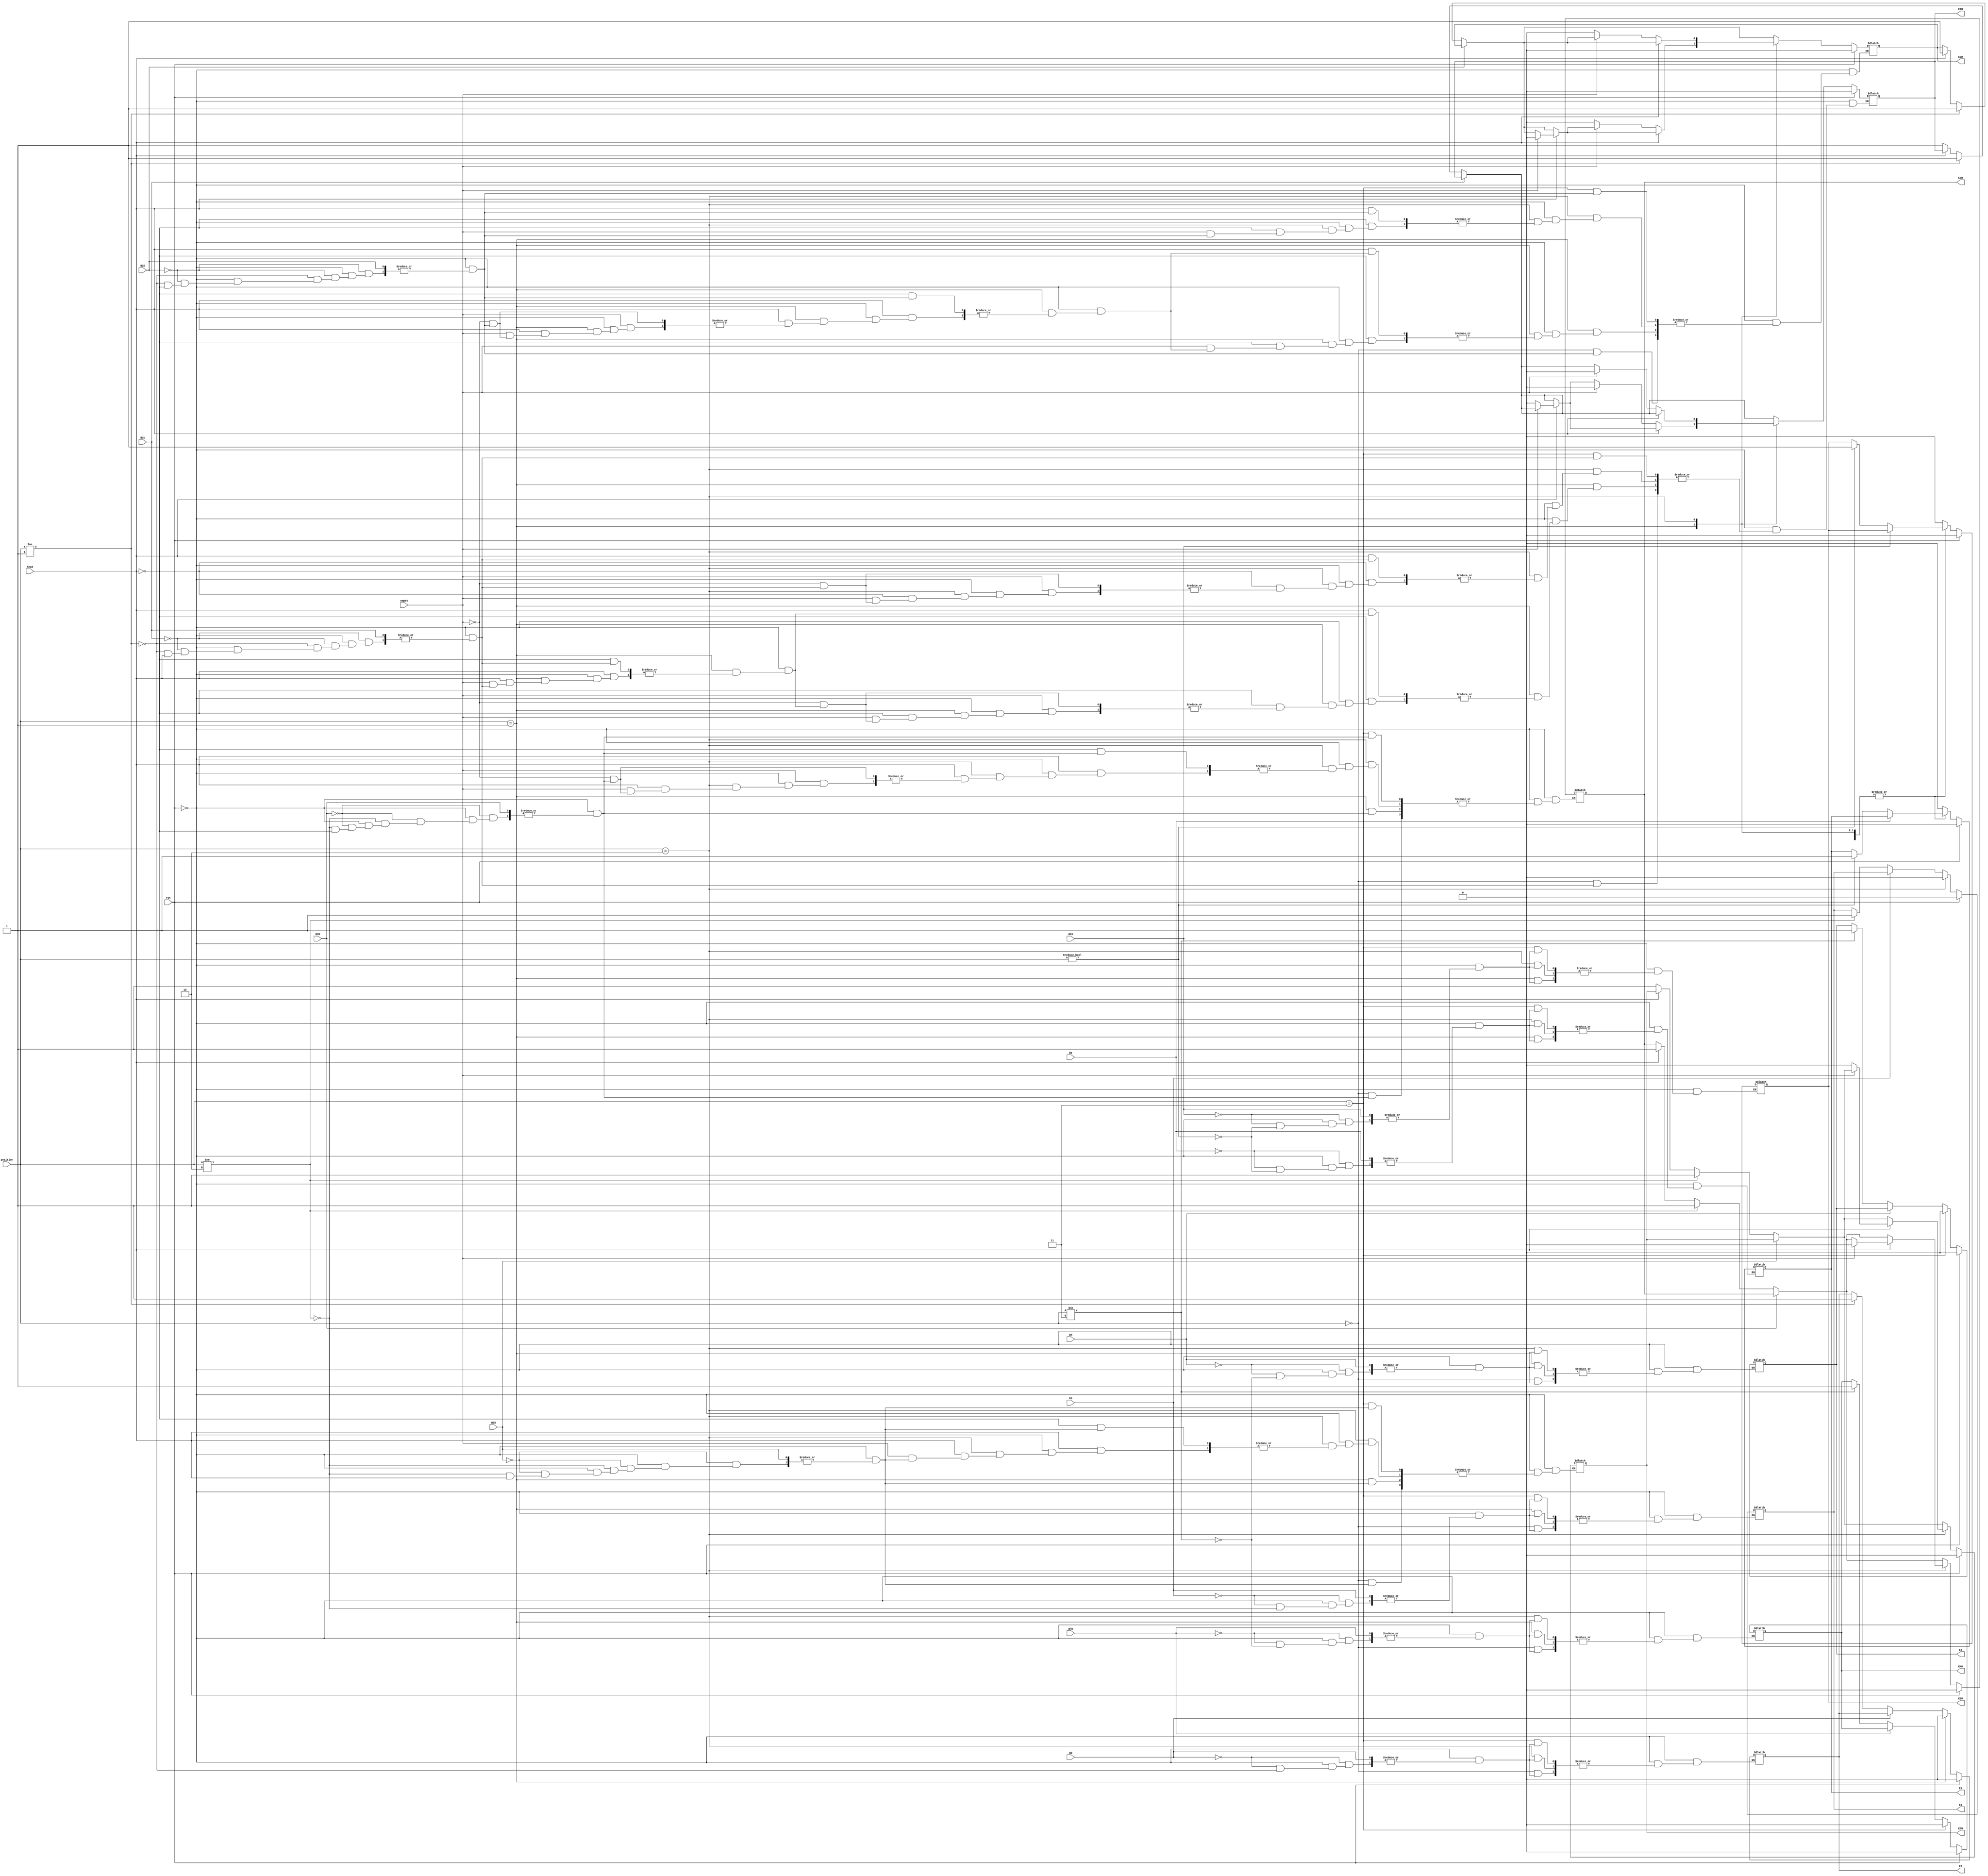
module Btn(rst,B1U,B2U,B2D,B3U,B3D,B4D,B1,B2,B3,B4,E1U,E2U,E2D,E3U,E3D,E4D,E1,E2,E3,E4,position,head,empty);
	input rst,B1U,B2U,B2D,B3U,B3D,B4D,B1,B2,B3,B4;
	input head,empty;
	input [1:0]position;
	output E1U,E2U,E2D,E3U,E3D,E4D,E1,E2,E3,E4;
	reg E1U,E2U,E2D,E3U,E3D,E4D,E1,E2,E3,E4;
	always @ (*)	begin
	if(rst)	begin
		E1U = 1'b0;
		E2U = 1'b0;
		E2D = 1'b0;
		E3U = 1'b0;
		E3D = 1'b0;
		E4D = 1'b0;
		E1 = 1'b0;
		E2 = 1'b0;
		E3 = 1'b0;
		E4 = 1'b0;
	end
	else begin
		if(B1U == 0)	
			if(position != 2'b00)	E1U = 1'b1;
		if(B2U == 0)	
			if(position != 2'b01)	E2U = 1'b1;
			else	if(head == 1'b0)	E2U = 1'b1;
		if(B2D == 0)
			if(position != 2'b01)	E2D = 1'b1;
			else	if(head == 1'b1)	E2D = 1'b1;
		if(B3U == 0)	
			if(position != 2'b10)	E3U = 1'b1;
			else	if(head == 1'b0)	E3U = 1'b1;
		if(B3D == 0)
			if(position != 2'b10)	E3D = 1'b1;
			else	if(head == 1'b1)	E3D = 1'b1;
		if(B4D == 0)	
			if(position != 2'b11) 	E4D = 1'b1;
			
		if(B1 == 0)
			if(position != 2'b00)	E1 = 1'b1;
		if(B2 == 0)
			if(position != 2'b01)	E2 = 1'b1;
		if(B3 == 0)
			if(position != 2'b10)	E3 = 1'b1;
		if(B4 == 0)
			if(position != 2'b11)	E4 = 1'b1;
			
		case(position)
			2'b00:	begin
				E1 = 1'b0;
				E1U = 1'b0;
			end
			2'b01:	begin
				E2 = 1'b0;
				if(head == 1'b1)	
					if(empty==0)	E2U = 1'b0;
					else if(empty==1)	E2D = 1'b0;
				if(head == 1'b0)
					if(empty==0)	E2D = 1'b0;
					else if(empty==1)	E2U = 1'b0;
			end
			2'b10:	begin
				E3 = 1'b0;
				if(head == 1'b1)						
					if(empty==0)	E3U = 1'b0;
					else if(empty==1)	E3D = 1'b0;
				if(head == 1'b0)
					if(empty==0)	E2D = 1'b0;
					else if(empty==1)	E2U = 1'b0;
			end
			2'b11:	begin
				E4 = 1'b0;
				E4D = 1'b0;
			end
		endcase
	end
	end
endmodule